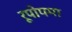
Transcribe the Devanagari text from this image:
रूपोपमा